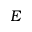
E